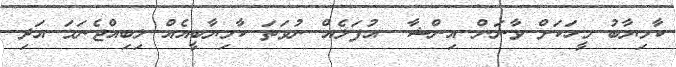
ކާމިޔާބު މީހަކަށް ވާނަން އިންޝާ  އުފަލެއް ނުވަތަ ކާމިޔާބީއެއް ލިިބިއްޖެނަމަ އަދި